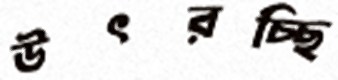
উৎরচ্ছি